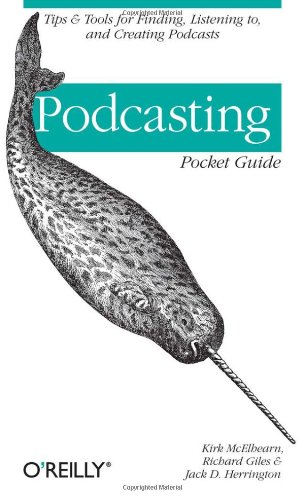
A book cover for Podcasting Pocket Guide; Kirk McElhearn; Computers & Technology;